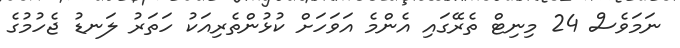
ނަމަވެސް 24 މިނިޓް ތެރޭގައި އެންމެ އަވަހަށް ކުޅުންތެރިއަކު ހަތަރު ލަނޑު ޖެހުމުގެ